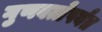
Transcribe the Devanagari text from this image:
गुणवत्तेपर्यंत